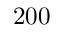
2 0 0